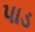
પાડ